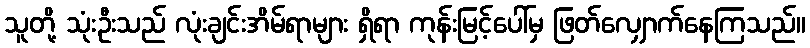
သူတို့ သုံးဦးသည် လုံးချင်းအိမ်ရာများ ရှိရာ ကုန်းမြင့်ပေါ်မှ ဖြတ်လျှောက်နေကြသည်။